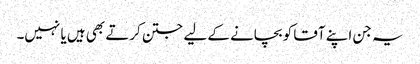
یہ جن اپنے آقا کو بچانے کے لیے جتن کرتے بھی ہیں یا نہیں۔